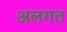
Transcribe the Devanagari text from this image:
अलगत